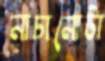
নাচানোটা